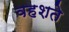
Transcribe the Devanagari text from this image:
वहशते